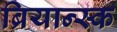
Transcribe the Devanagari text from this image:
ब्रियान्स्क